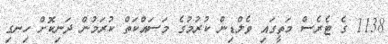
1138 ގެ ޓެރެސް މަތީގައި ވެލްޑިން ކުރުމުގެ މަސައްކަތް ކުރަމުން ދަނިކޮށް ހިނގި